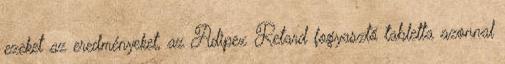
ezeket az eredményeket, az Adipex Retard fogyasztó tabletta azonnal